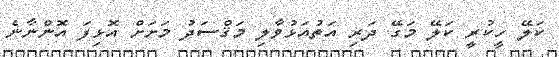
ކަލޭ ހީކުރީ ކަލޭ މަގޭ ދަރި އަތުއަޅުވާލި މަޤްސަދު މަށަށް އޮޅިފަ އޮންނާނެ